Torma_(Votikvere)_vallavalitsus, lk 45
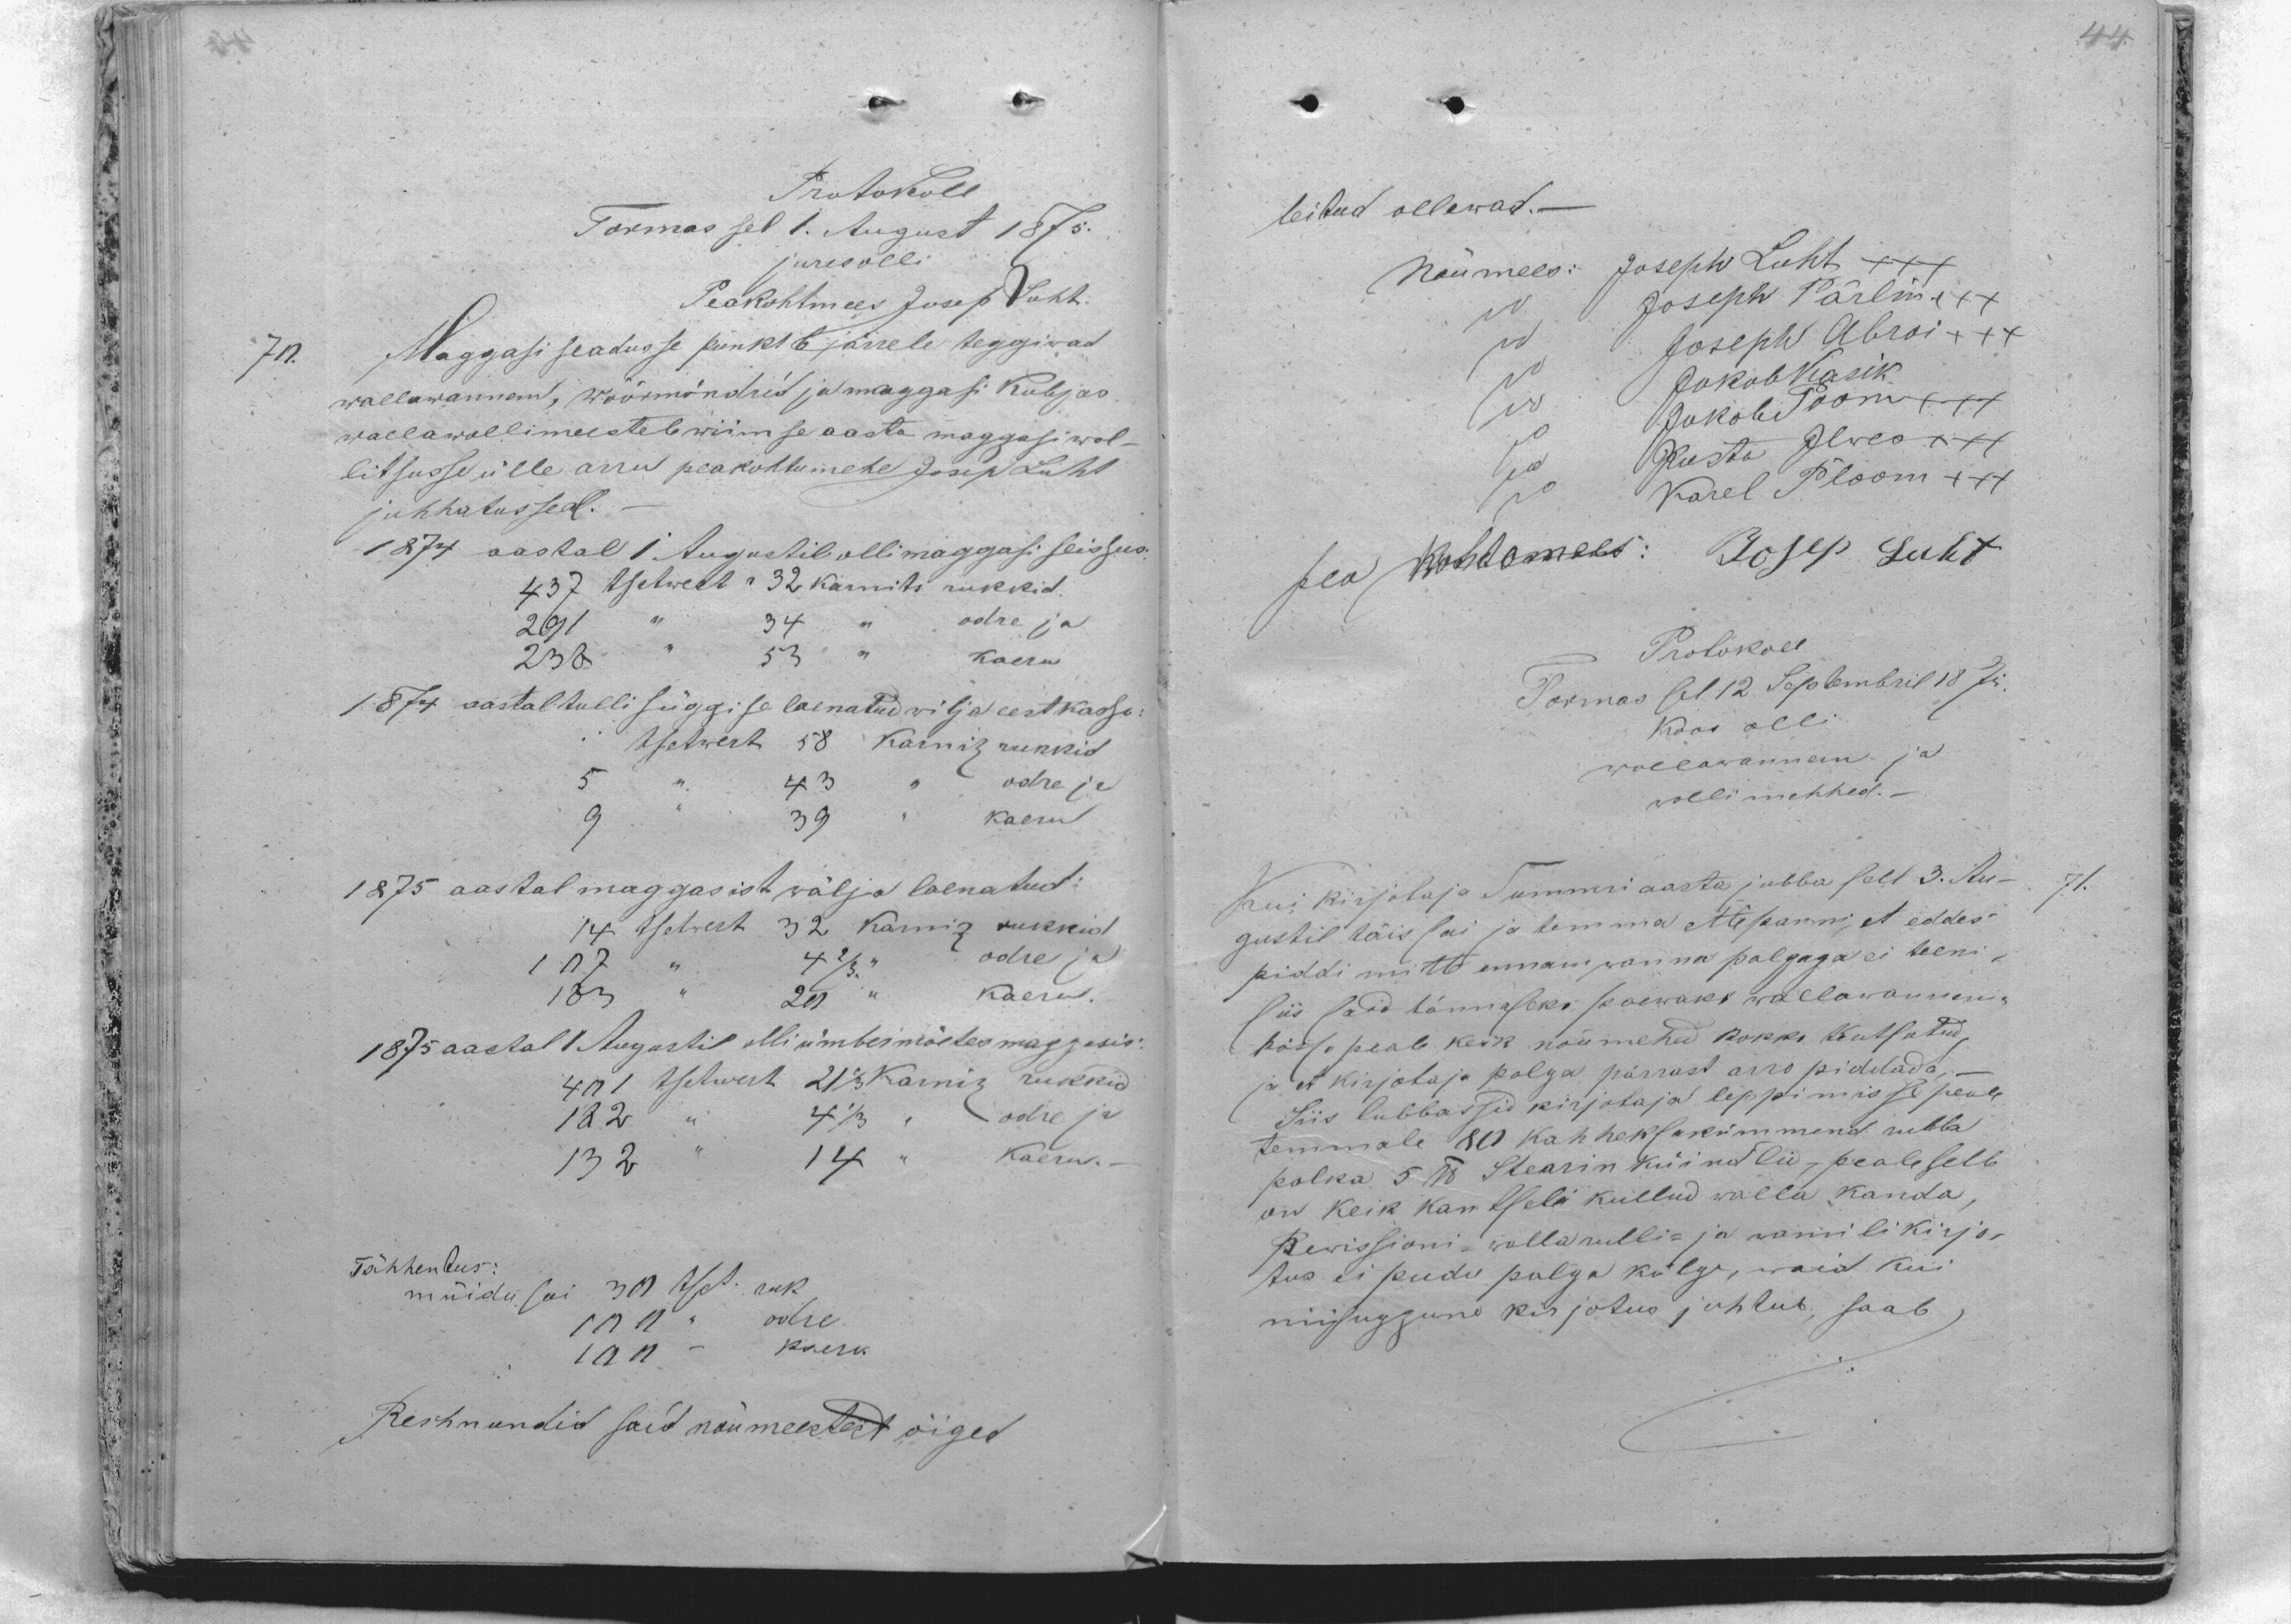
Protokoll
Tormas sel 1. August 1875.
jures olli
Peakohtmees Josep Luht.
70. Maggasi seadusse punkt 6 järrele teggiwad
wallawannem, wöörmöndrid ja maggasi Kubjas
wallawollimeestele wiimse aasta maggasiwal-
litsusse ülle arru peakohtumehe Josep Luht
juhhatussed.
1874 aastal 1Augustil olli maggasi seissus.
457 tsetwert 32 karnits rukkid.
odre ja
291
34
53 "
kaeru
238
1874 aastal tulli süggise laenatud wilja eest kasso:
tsetwert 58 Karniz rukkid
odre ja
kaeru
1875 aastal maggasist wälja laenatud:
32 karniz rukkid
14 tsetwert
odre ja
4 2/3
107
kaeru.
183
29 "
1875 aastal 1 Augustil olli ümbermöetes maggasis:
401 tsetwert 21 1/3 Karniz rukkid
odre ja
4 1/3
182
kaeru
14
132
Tähhentus:
müidu sai 39 tset. ruk
100 " odre
100 kaeru
Rechnundid said nõumeestes õiged
5
9
43
39

leitud ollewad.
Nõumees: Joseph Luht xxx
Joseph Pärlin XXX
Joseph Abroi XXX
Jakob Kasik
Jakob Ploom XXX
Kusta Ilwes XXX
Karel Ploom XXX
Josep Luht
pea kohtomees:
Protokoll
Tormas sel 12 Septembril 1875
Koos olli
wallawannem ja
wollimehhed.
Kui kirjotaja Summri aasta jubba sell 3. Au-
gustil täis sai ja temma ettepanni, et eddes-
piddi mitte ennam wanna palgaga ei teeni,
Siis said tännaseks paewaks wallawannema
kässo peale keik nõumehed kokko kutsutud,
ja et kirjotaja palga pärrast arro piddada,-
Siis lubbassid kirjotaja leppimisse peale
temmale 80 kahheksakümmend rubla
palka 5 lb Stearin küindlid, peale selle
on keik kantselei kullud walla kanda,
Rewissioni- wallarulli- ja wamilikirjo-
tus ei pudu palga külge, waid kui
niisuggune kirjotus juhtub, saab